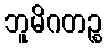
ဘူမိဂတဉ္စ